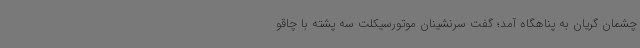
چشمان گریان به پناهگاه آمد؛ گفت سرنشینان موتورسیکلت سه پشته با چاقو